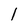
Character: l